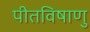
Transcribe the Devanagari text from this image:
पीतविषाणु